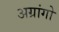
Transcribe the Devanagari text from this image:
अग्रांगो